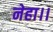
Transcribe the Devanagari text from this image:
नेहा।।